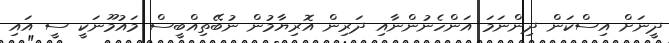
ދީނަށް އިސްކަން ދިންނަމަ އަންހެނުންނާއި ދަރިން އޮރިޔާމުން ނުބޭތިއްބީސް މައުމޫނަކީ ސީ އައި